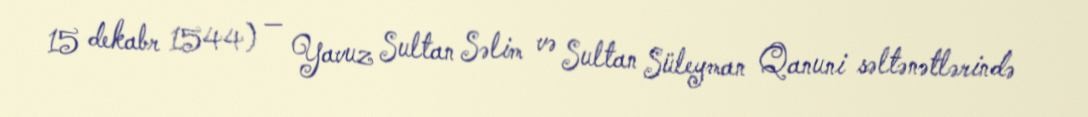
15 dekabr 1544) — Yavuz Sultan Səlim və Sultan Süleyman Qanuni səltənətlərində